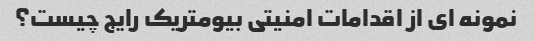
نمونه ای از اقدامات امنیتی بیومتریک رایج چیست؟